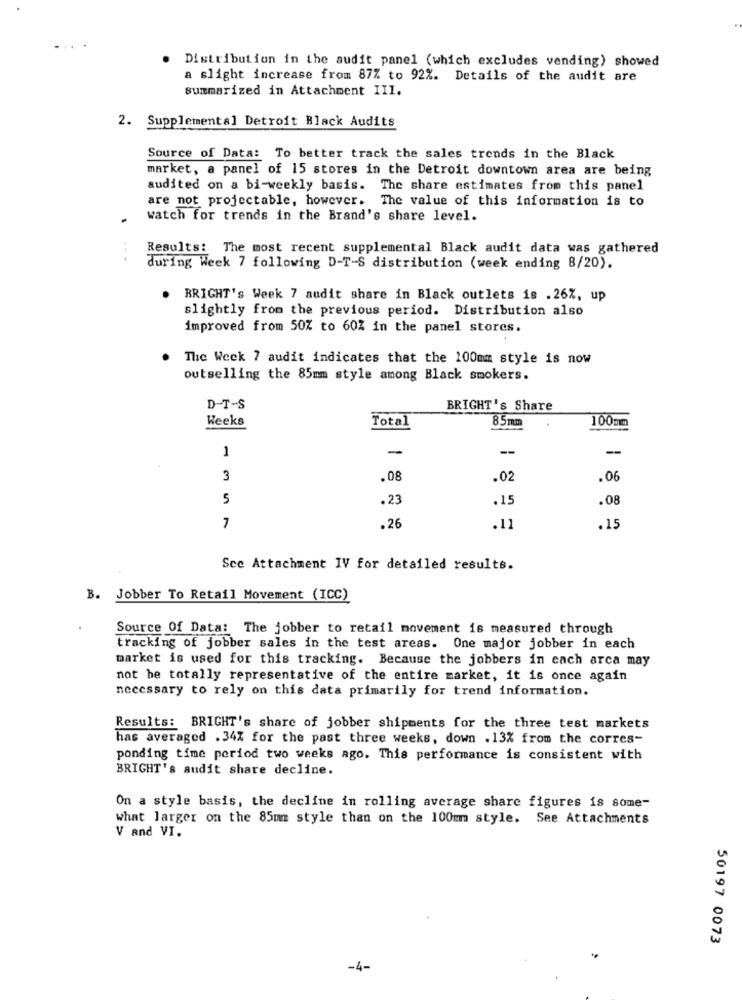
Distribution in the audit panel (which excludes vending) showed
a slight increase from 87% to 92%. Details of the audit are
summarized in Attachment III.
2. Supplemental Detroit Black Audits
Source of Data: To better track the sales trends in the Black
market, a panel of 15 stores in the Detroit downtown area are being
audited on a bi-weekly basis. The share estimates from this panel
are not projectable, however. The value of this information is to
watch for trends in the Brand's share level.
Results: The most recent supplemental Black audit data was gathered
..
during Week 7 following D-T-S distribution (week ending 8/20).
. BRIGHT's Week 7 audit share in Black outlets is . 26%, up
slightly from the previous period. Distribution also
improved from 50% to 60% in the panel stores.
The Week 7 audit indicates that the 100mm style is now
outselling the 85mm style among Black smokers.
D-T-S
BRIGHT's Share
Weeks
Total
85mm
100mm
1
-
--
-
3
.08
.02
.06
5
.23
.15
.08
7
.26
.11
.15
See Attachment IV for detailed results.
B. Jobber To Retail Movement (ICC)
Source Of Data: The jobber to retail movement is measured through
tracking of jobber sales in the test areas. One major jobber in each
market is used for this tracking. Because the jobbers in each arca may
not be totally representative of the entire market, it is once again
necessary to rely on this data primarily for trend information.
Results: BRIGHT's share of jobber shipments for the three test markets
has averaged . 34% for the past three weeks, down . 13% from the corres-
ponding time period two weeks ago. This performance is consistent with
BRIGHT's audit share decline.
On a style basis, the decline in rolling average share figures is some-
what larger on the 85mm style than on the 100mm style. See Attachments
V and VI.
50197 0073
-4-